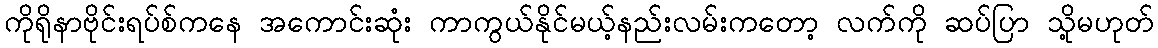
ကိုရိုနာဗိုင်းရပ်စ်ကနေ အကောင်းဆုံး ကာကွယ်နိုင်မယ့်နည်းလမ်းကတော့ လက်ကို ဆပ်ပြာ သို့မဟုတ်